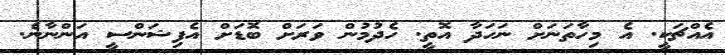
އެއްޗަކީ. އެ މިހާތަނަށް ނަހަދާ އޮތީ. ހެދުމުން ވަރަށް ބޮޑަށް އެފިޝަންސީ އަންނާނެ.